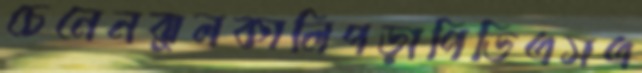
চেনেনঝুলকালিপড়াপিডিএসএ